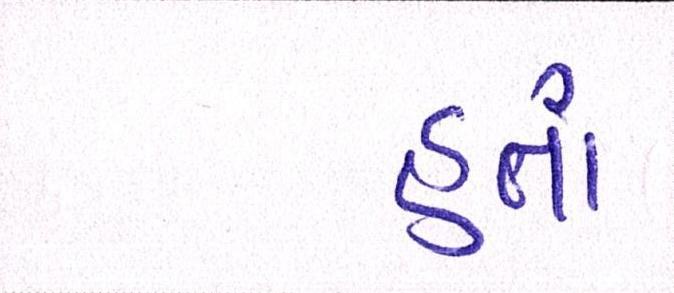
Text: હતાં